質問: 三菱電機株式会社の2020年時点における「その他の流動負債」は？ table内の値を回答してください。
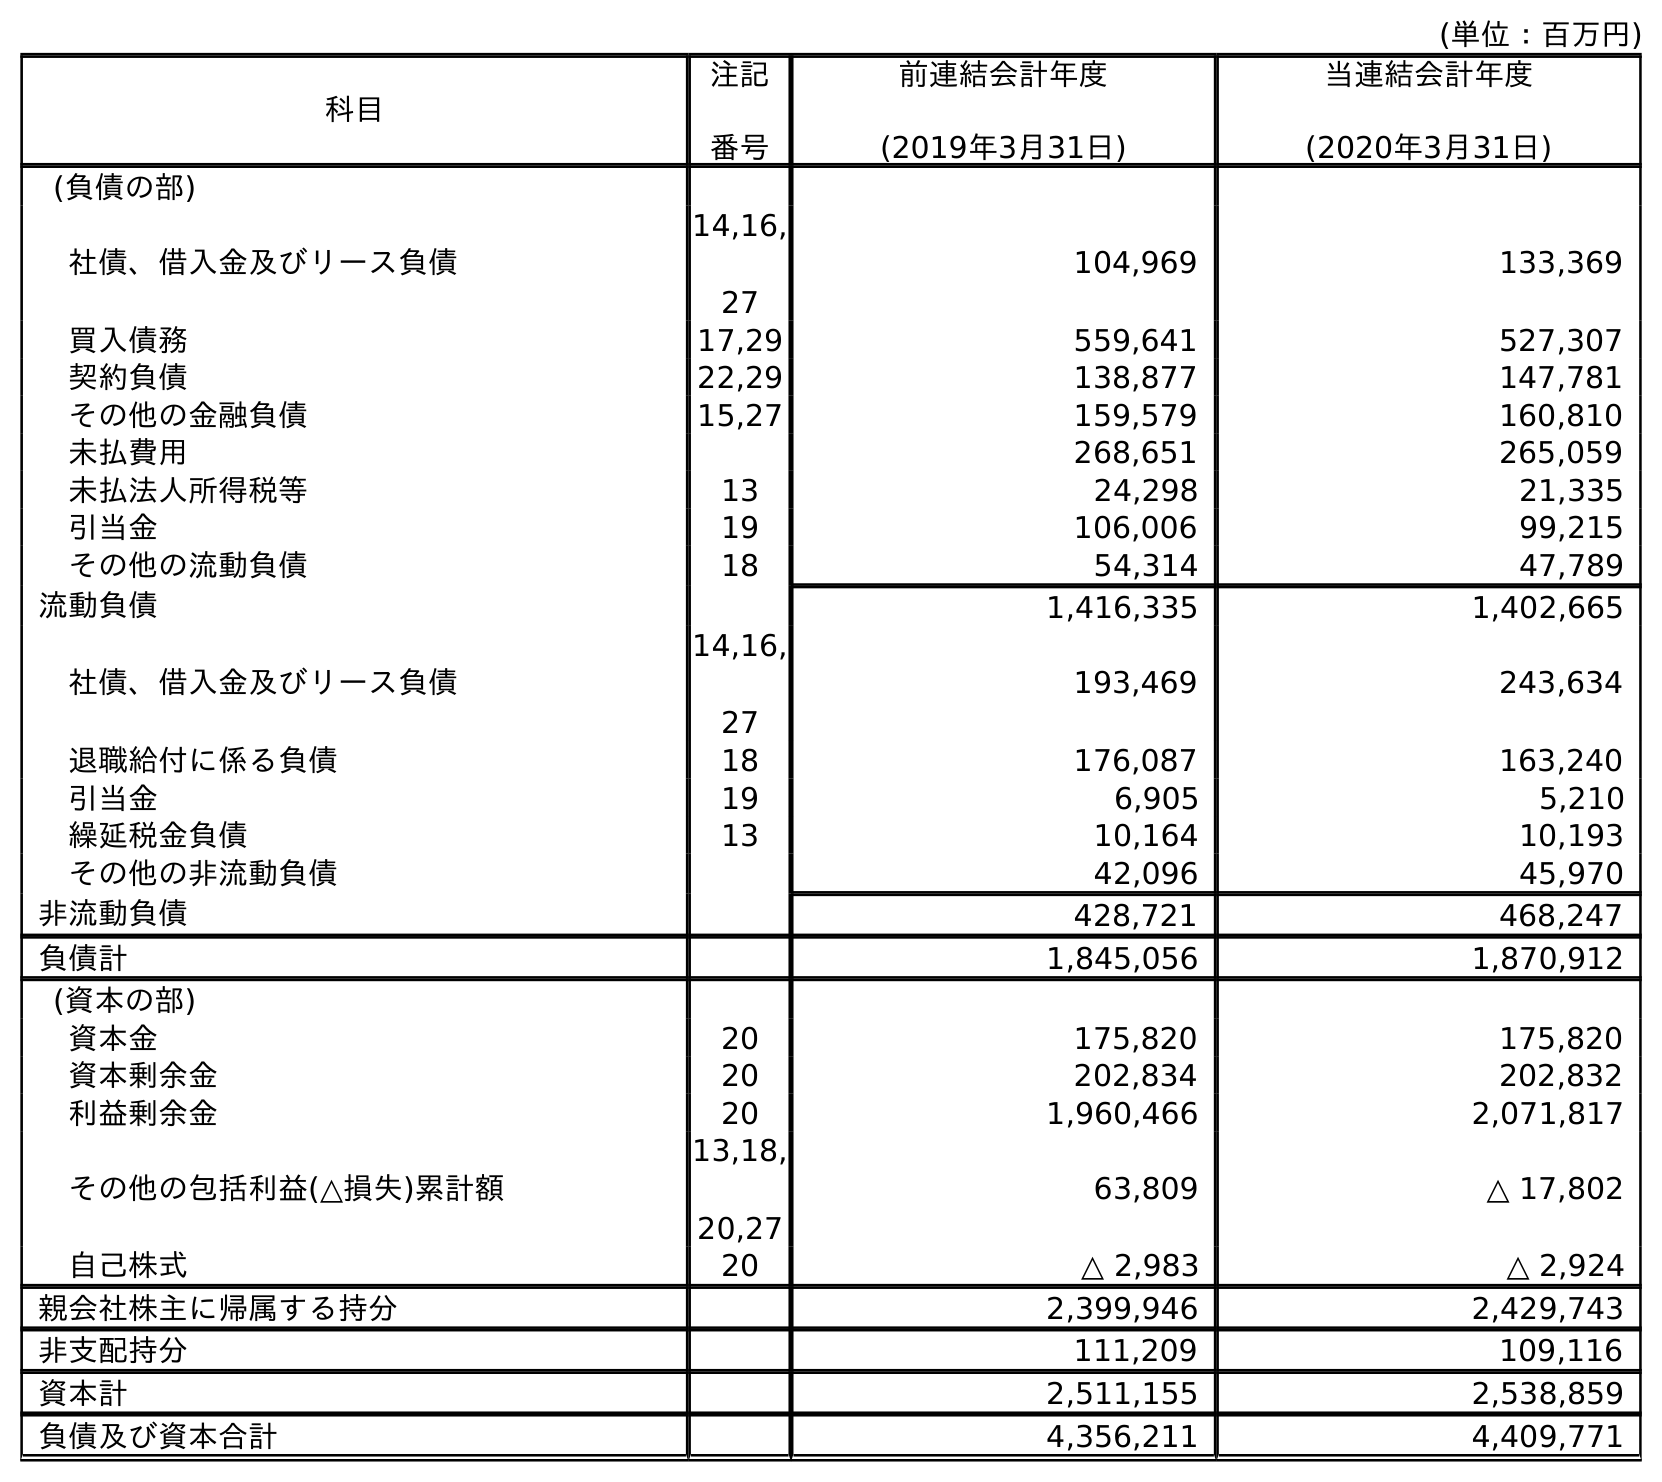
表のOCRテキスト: (単位：百万円) 科目 注記 番号 前連結会計年度 (2019年3月31日) 当連結会計年度 (2020年3月31日) (負債の部) 社債、借入金及びリース負債 14,16, 27 104,969 133,369 買入債務 17,29 559,641 527,307 契約負債 22,29 138,877 147,781 その他の金融負債 15,27 159,579 160,810 未払費用 268,651 265,059 未払法人所得税等 13 24,298 21,335 引当金 19 106,006 99,215 その他の流動負債 18 54,314 47,789 流動負債 1,416,335 1,402,665 社債、借入金及びリース負債 14,16, 27 193,469 243,634 退職給付に係る負債 18 176,087 163,240 引当金 19 6,905 5,210 繰延税金負債 13 10,164 10,193 その他の非流動負債 42,096 45,970 非流動負債 428,721 468,247 負債計 1,845,056 1,870,912 (資本の部) 資本金 20 175,820 175,820 資本剰余金 20 202,834 202,832 利益剰余金 20 1,960,466 2,071,817 その他の包括利益(△損失)累計額 13,18, 20,27 63,809 △ 17,802 自己株式 20 △ 2,983 △ 2,924 親会社株主に帰属する持分 2,399,946 2,429,743 非支配持分 111,209 109,116 資本計 2,511,155 2,538,859 負債及び資本合計 4,356,211 4,409,771
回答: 47,789